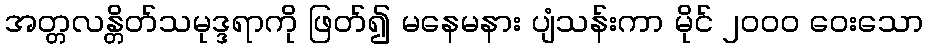
အတ္တလန္တိတ်သမုဒ္ဒရာကို ဖြတ်၍ မနေမနား ပျံသန်းကာ မိုင် ၂၀၀၀ ဝေးသော